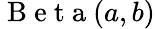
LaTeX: \mathrm{~B~e~t~a~}(a,b)